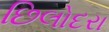
છિલોદરા